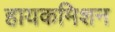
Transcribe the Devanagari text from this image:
हायकमिशन